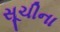
સૂચીના